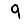
Digit: 9